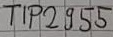
Text: TIP2955